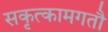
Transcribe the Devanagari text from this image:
सकृत्कामगतौ